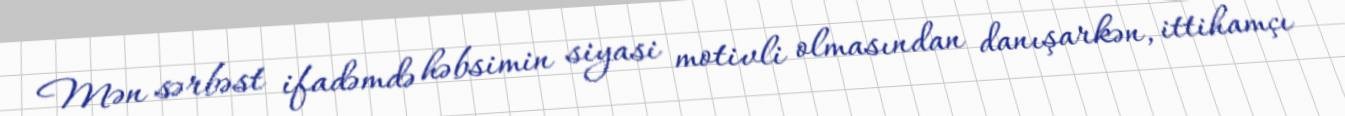
Mən sərbəst ifadəmdə həbsimin siyasi motivli olmasından danışarkən, ittihamçı